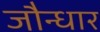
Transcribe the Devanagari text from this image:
जौन्धार